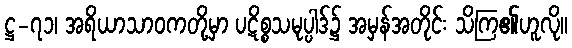
ဋ္ဌ-၇၁၊ အရိယာသာဝကတို့မှာ ပဋိစ္စသမုပ္ပါဒ်၌ အမှန်အတိုင်း သိကြ၏ဟူလို။